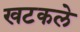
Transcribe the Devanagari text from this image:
खटकले